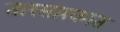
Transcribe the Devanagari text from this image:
तारसप्तकात